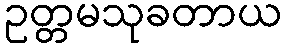
ဥတ္တမသုခတာယ